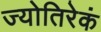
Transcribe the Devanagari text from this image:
ज्योतिरेकं